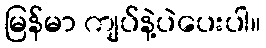
မြန်မာ ကျပ်နဲ့ပဲပေးပါ။